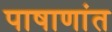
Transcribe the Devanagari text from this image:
पाषाणांत